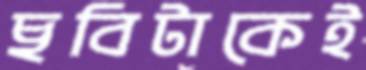
ছবিটাকেই